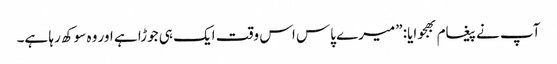
آپ نے پیغام بھجوایا: ”میرے پاس اس وقت ایک ہی جوڑا ہے اور وہ سوکھ رہا ہے۔